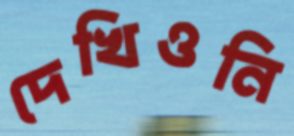
দেখিওনি